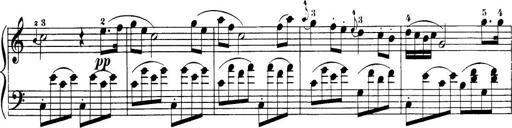
Title: 32 Sonatinas and Rondos for the Piano
Composer: Richard Kleinmichel